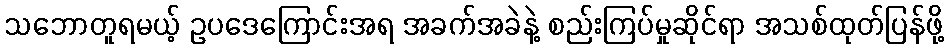
သဘောတူရမယ့် ဥပဒေကြောင်းအရ အခက်အခဲနဲ့ စည်းကြပ်မှုဆိုင်ရာ အသစ်ထုတ်ပြန်ဖို့